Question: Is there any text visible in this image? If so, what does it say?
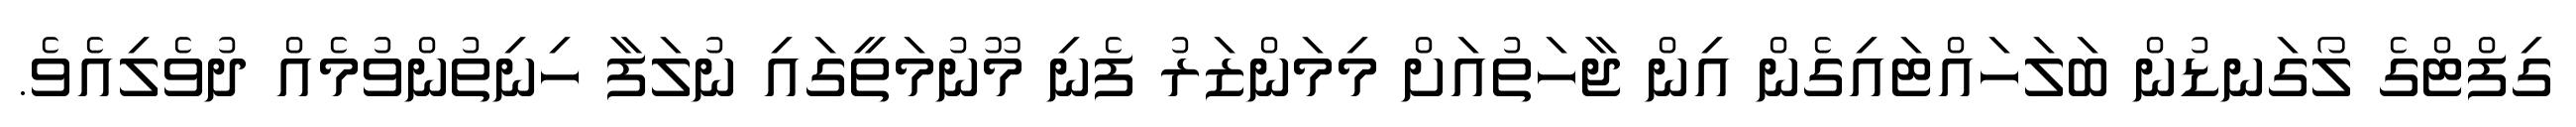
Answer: ގިފްޓްގެ ލޯގަނޑުން ބަލަހައްޓައިގެން އިން ޖާހަތުއަށް މިމަންޒަރު ފެނި މޫނުމަތީގައި ނުލަފާ ހިނިތުންވުމެއް ދުވެލިއެވެ.